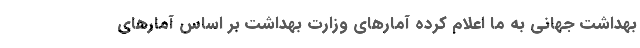
بهداشت جهانی به ما اعلام کرده آمارهای وزارت بهداشت بر اساس آمارهای